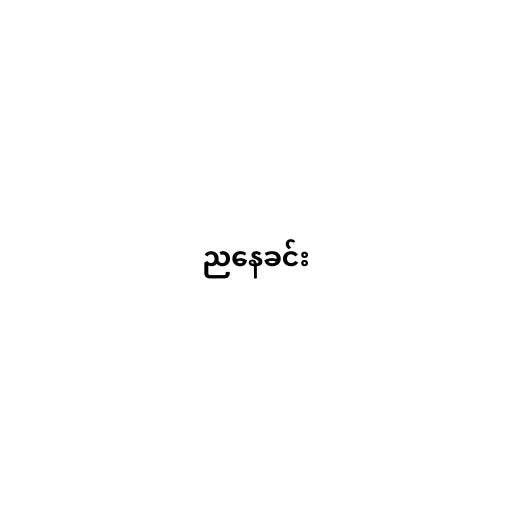
ညနေခင်း